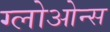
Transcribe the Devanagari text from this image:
ग्लोओन्स